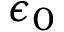
\epsilon _ { 0 }